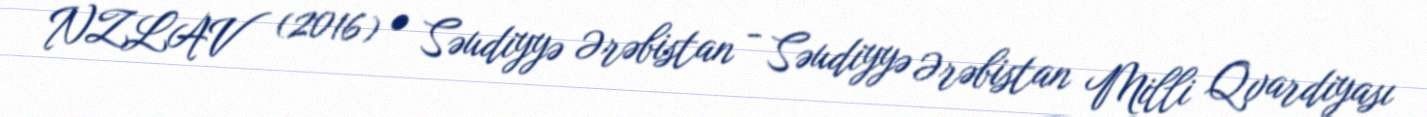
NZLAV (2016) • Səudiyyə Ərəbistan - Səudiyyə Ərəbistan Milli Qvardiyası